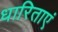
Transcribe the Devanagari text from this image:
धारिताएं